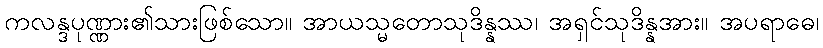
ကလန္ဒပုဏ္ဏား၏သားဖြစ်သော။ အာယသ္မတောသုဒိန္နဿ၊ အရှင်သုဒိန္နအား။ အပရာဓေ၊